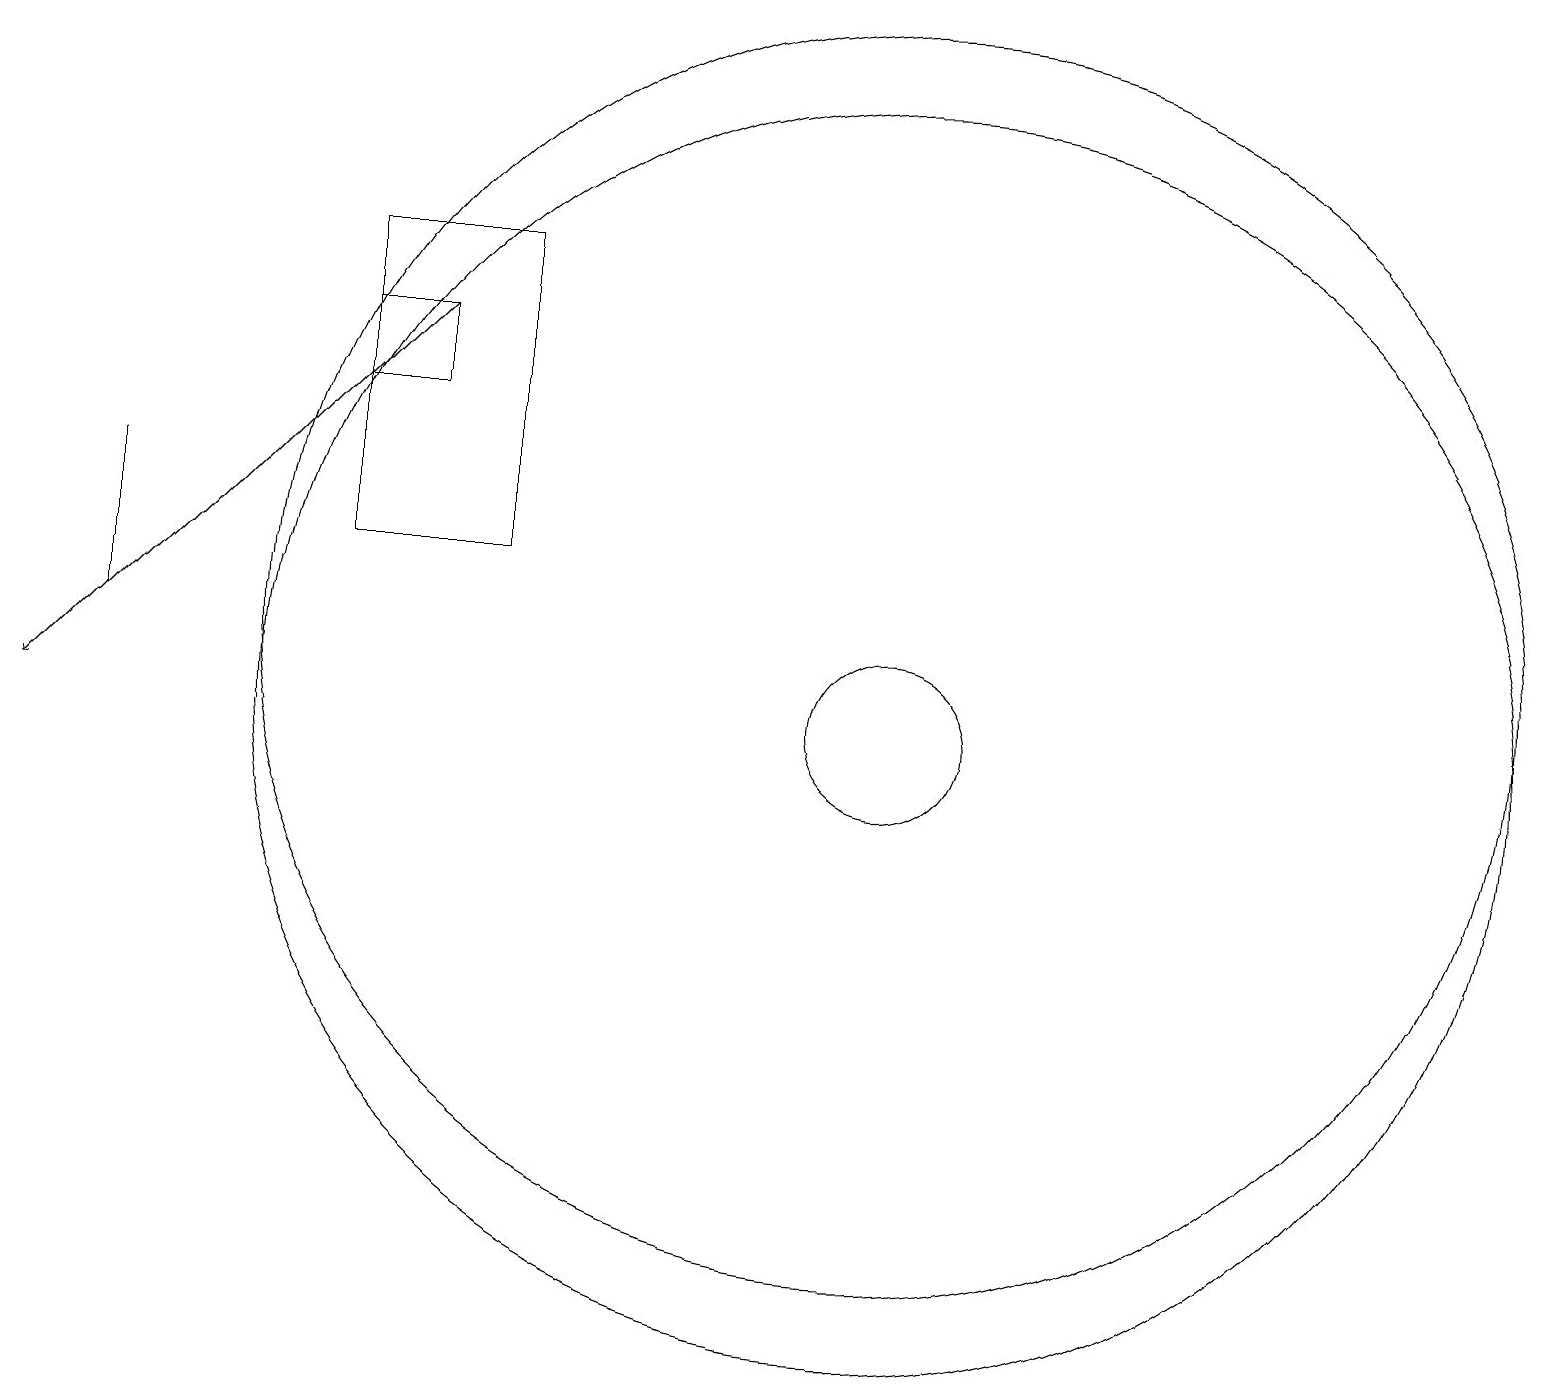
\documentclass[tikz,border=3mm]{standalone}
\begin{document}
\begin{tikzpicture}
\draw (11,10) circle (8);
\draw (6,16) rectangle (4,12);
\draw (11,10) circle (1);
\draw (1,13) rectangle (1,11);
\draw (11,11) circle (8);
\draw (5,14) rectangle (4,15);
\draw[->] (5,15) -- (0,10);
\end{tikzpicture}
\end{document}